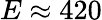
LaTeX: E\approx 420